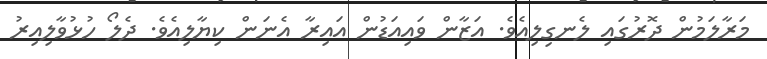
މަރާލަމުން ދޮރުގައި ލެނގިލިއެވެ. އަޒާން ވައިއަޑުން އައިރާ އެނަން ކިޔާލިއެވެ. ދެލޯ ހުޅުވާލިއިރު